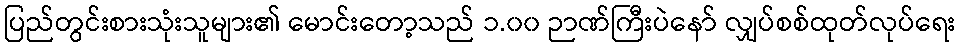
ပြည်တွင်းစားသုံးသူများ၏ မောင်းတော့သည် ၁.၀၀ ဉာဏ်ကြီးပဲနော် လျှပ်စစ်ထုတ်လုပ်ရေး